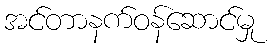
အင်တာနက်ဝန်ဆောင်မှု